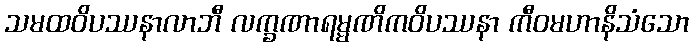
သမထဝိပဿနာလာဘီ လက္ခဏာရမ္မဏိကဝိပဿနာ ကီဝမဟာနိသံသော